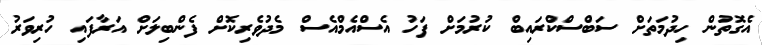
އެގޮތުން ހިދުމަތަށް ސަބްސްކްރައިބް ކުރުމަށް ފަހު އެސްއެމްއެސް މެދުވެރިކޮށް ފެންބިލަށް އަރާފައި ހުރިވަރު